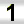
Digit: 1